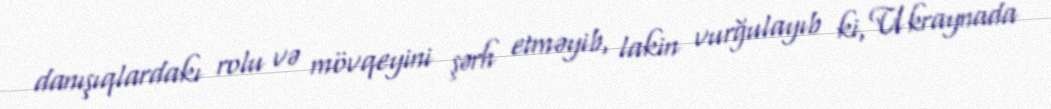
danışıqlardakı rolu və mövqeyini şərh etməyib, lakin vurğulayıb ki, Ukraynada